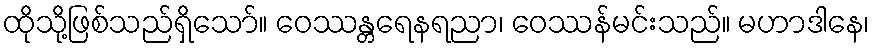
ထိုသို့ဖြစ်သည်ရှိသော်။ ဝေဿန္တရေနရညာ၊ ဝေဿန်မင်းသည်။ မဟာဒါနေ၊